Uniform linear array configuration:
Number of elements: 32
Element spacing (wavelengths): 1
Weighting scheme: hann
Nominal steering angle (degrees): -45
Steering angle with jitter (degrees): -46.831
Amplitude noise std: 0.05
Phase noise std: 0.05

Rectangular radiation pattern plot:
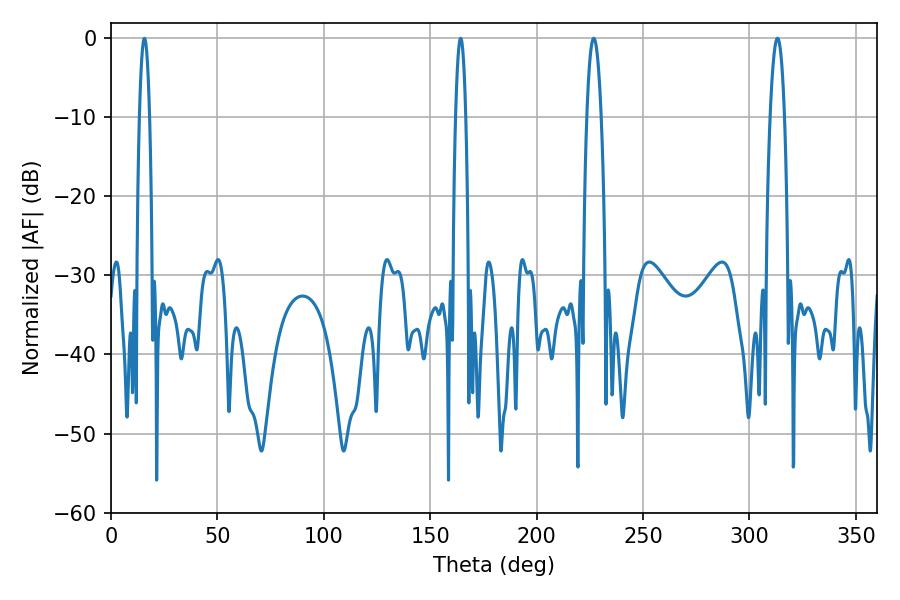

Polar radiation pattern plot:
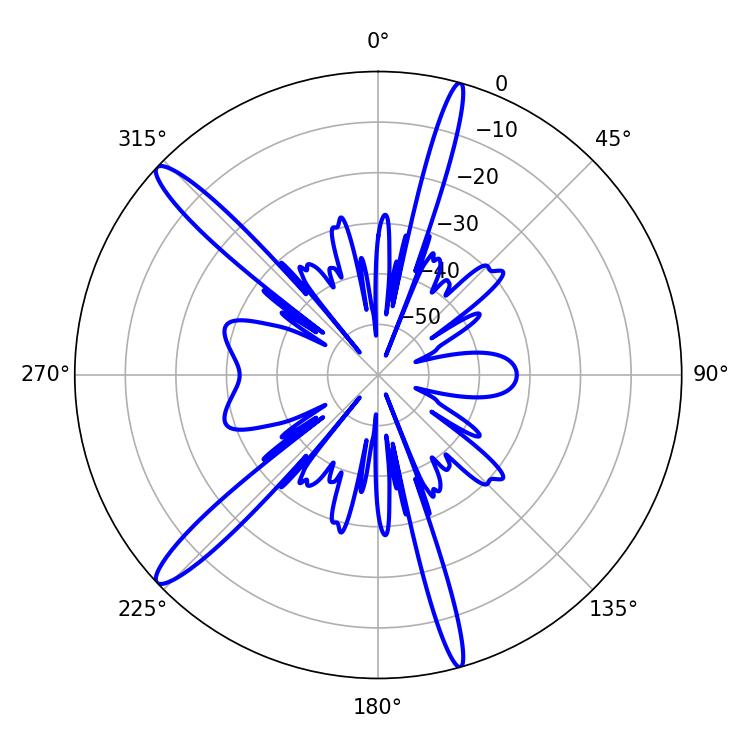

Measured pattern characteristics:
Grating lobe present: TRUE
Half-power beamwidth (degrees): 3.78
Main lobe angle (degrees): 226.8